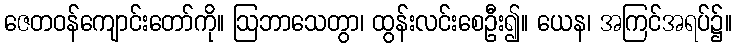
ဇေတဝန်ကျောင်းတော်ကို။ ဩဘာသေတွာ၊ ထွန်းလင်းစေဦး၍။ ယေန၊ အကြင်အရပ်၌။